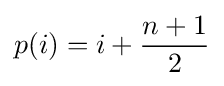
p(i)=i+{\frac {n+1}{2}}